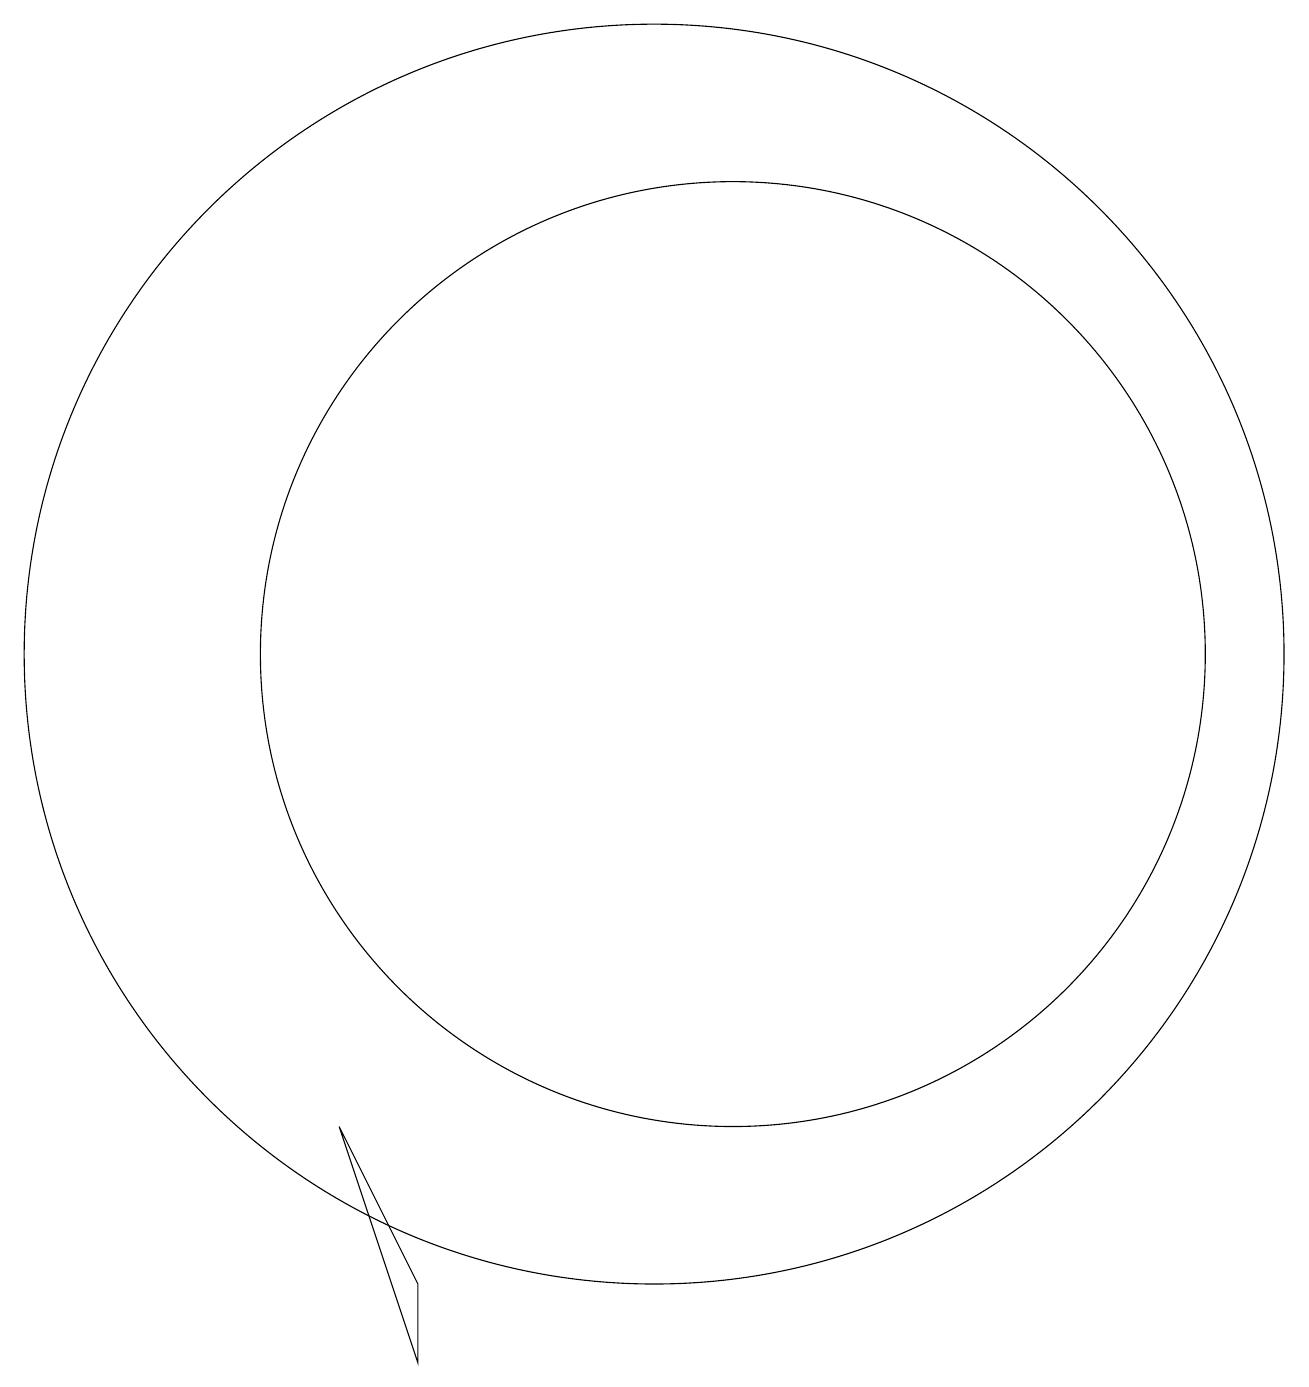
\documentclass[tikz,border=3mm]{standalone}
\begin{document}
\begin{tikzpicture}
\draw (11,10) circle (8);
\draw (12,10) circle (6);
\draw (8,1) -- (7,4) -- (8,2) -- cycle;
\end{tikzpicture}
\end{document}